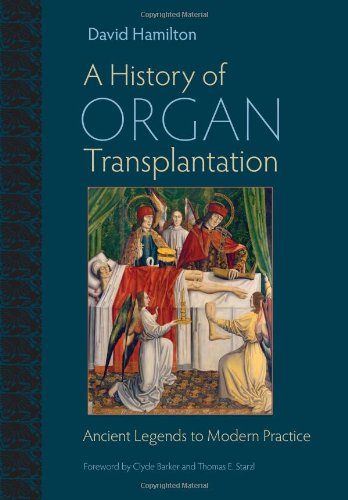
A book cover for A History of Organ Transplantation: Ancient Legends to Modern Practice; David Hamilton; Health, Fitness & Dieting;